Indian journal of veterinary science and animal husbandry - Volume 9,
Year: 1939
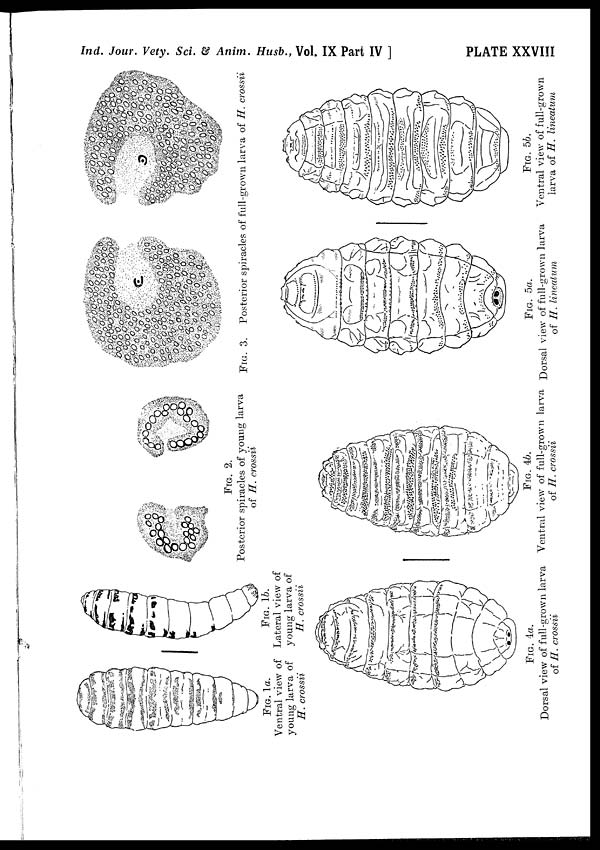
Ind. Jour. Vety. Sci. & Anim. Husb., Vol. IX Part IV ]
PLATE XXVIII
FIG. 1a.
Ventral view of
young larva of
H. crossii
FIG. 1b.
Lateral view of
young larva of
H. crossii
FIG. 2.
Posterior spiracles of young larva
of H. crossii
FIG.
3. Posterior spiracles of full-grown larva of H. crossii
FIG. 4a.
Dorsal view of full-grown larva
of H. crossii
FIG. 4b.
Ventral view of full-grown larva
of H. crossii
FIG. 5a.
Dorsal view of full-grown larva
of H. lineatum
FIG. 5b.
Ventral view of full-grown
larva of H. lineatum